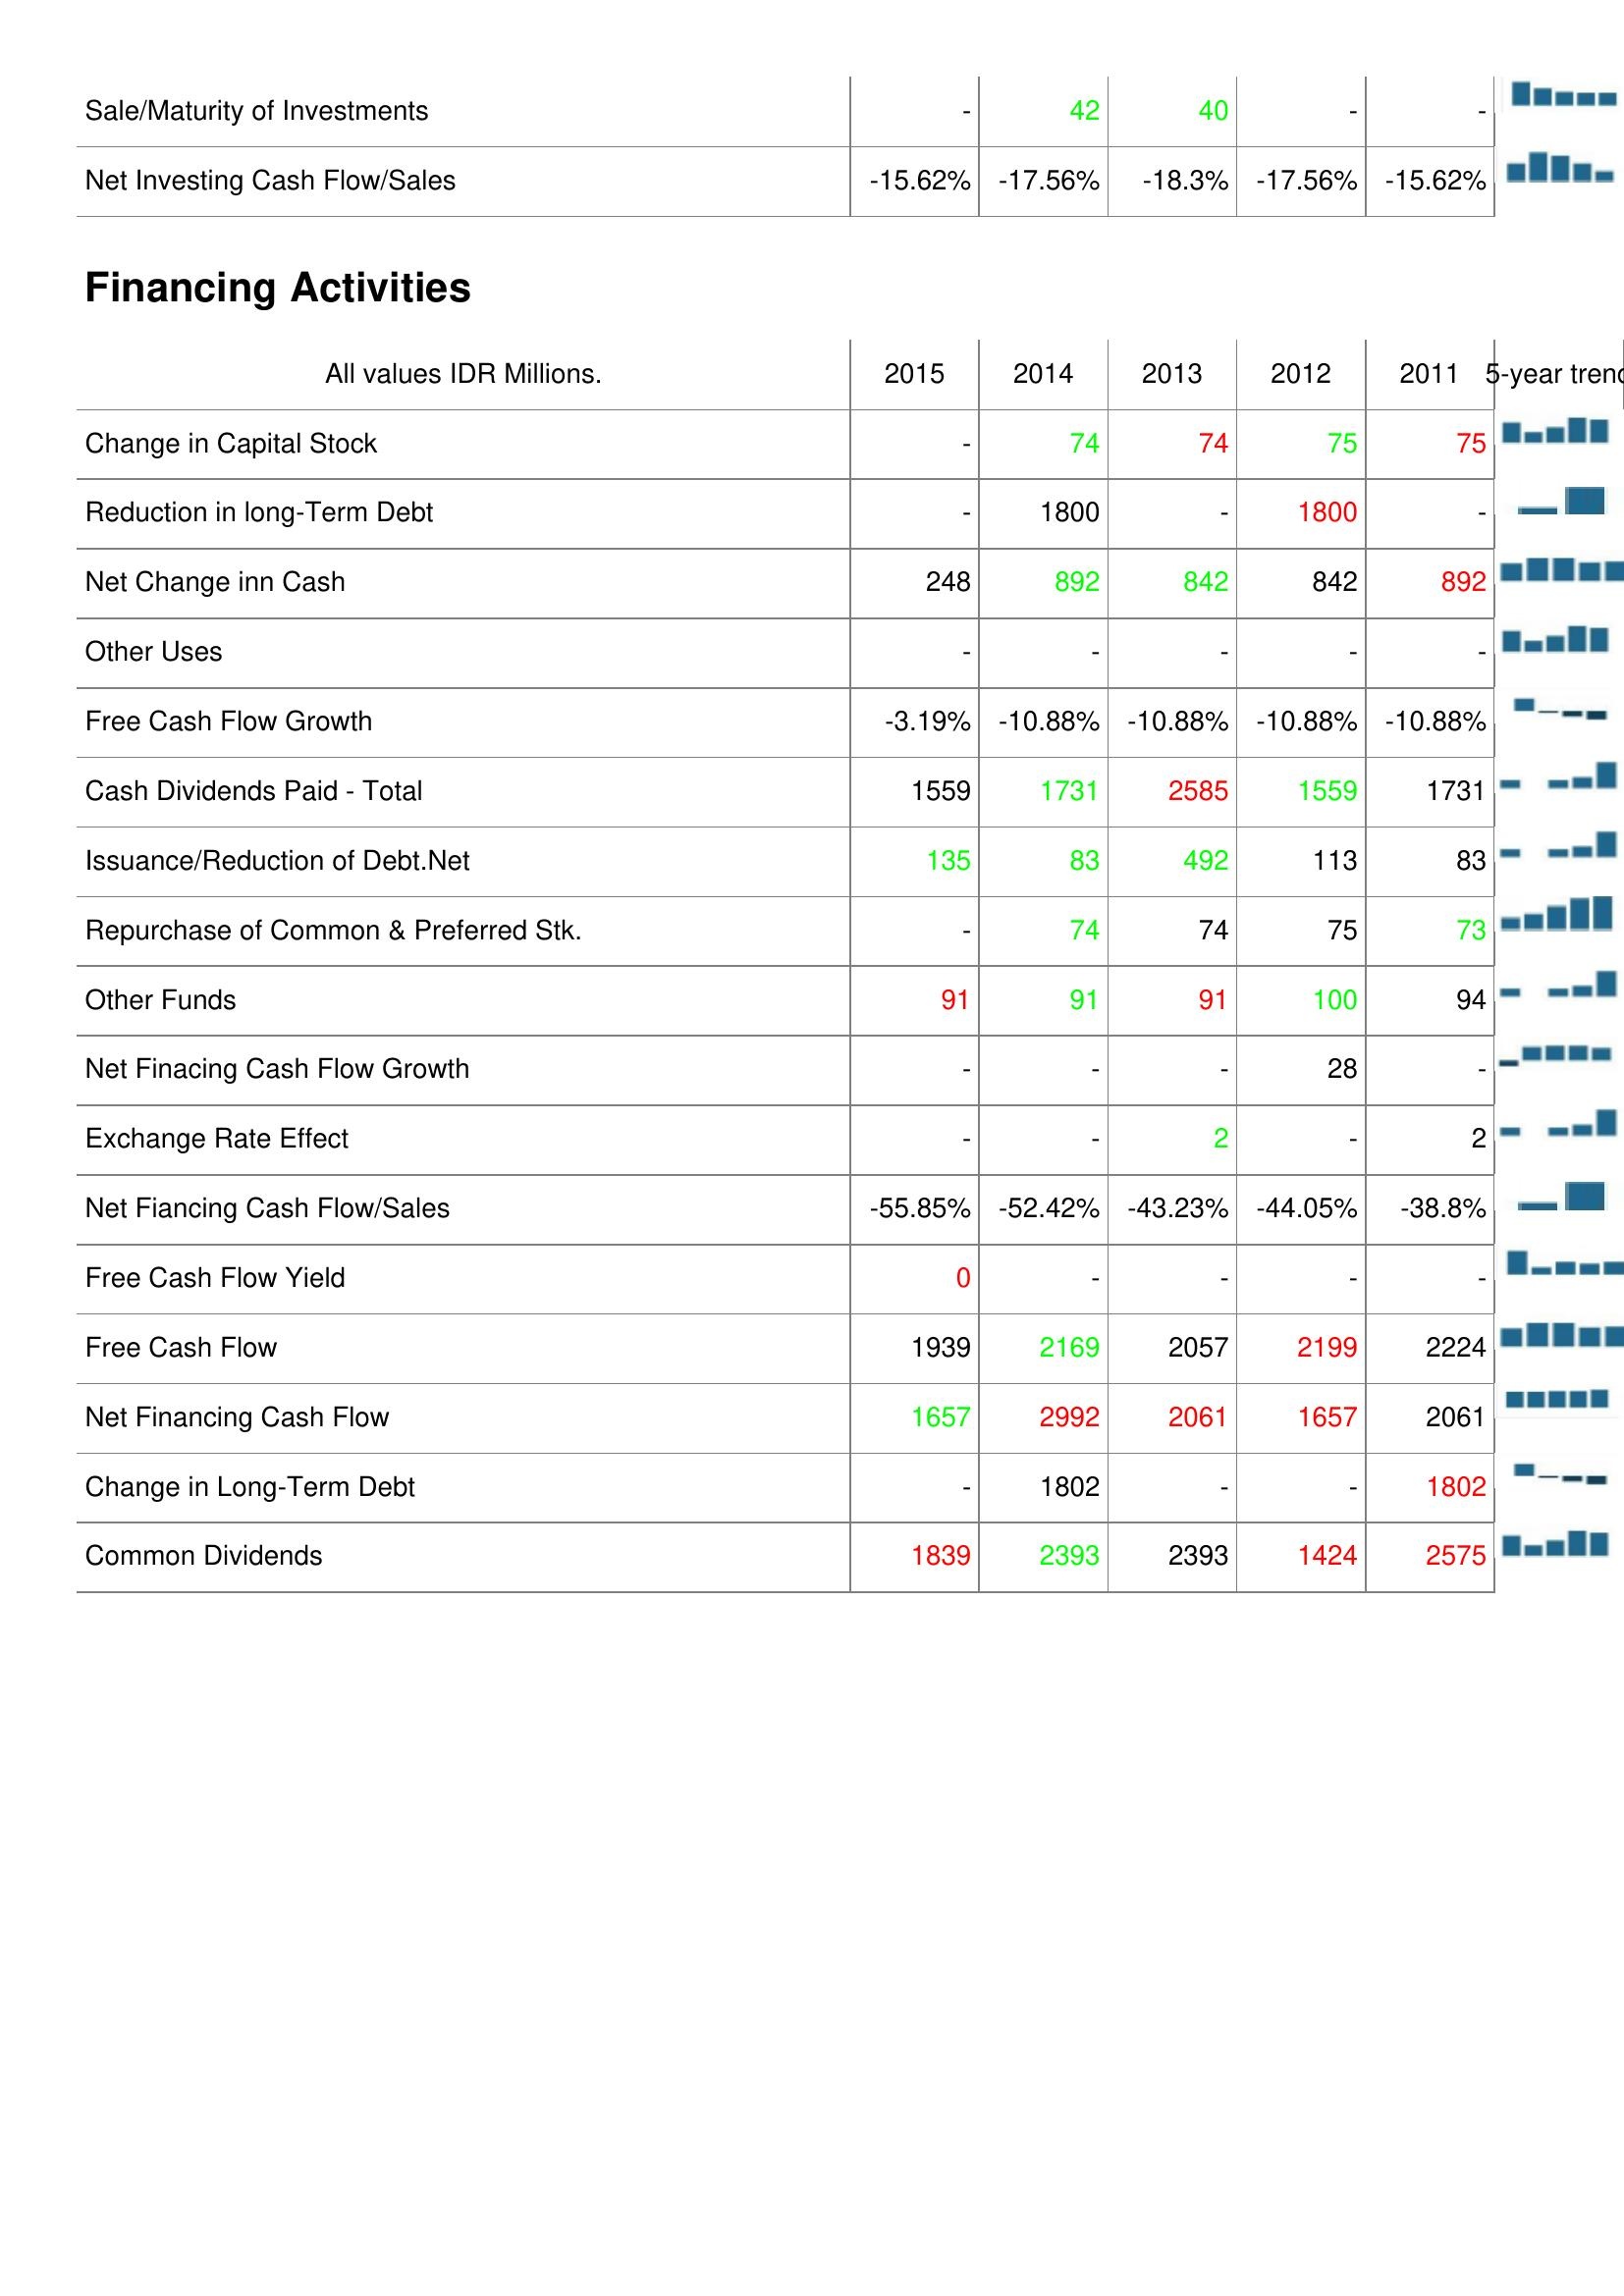
2015: Investing Activities: Sale/Maturity of Investments: -
Net Investing Cash Flow/Sales: -15.62%
Financing Activities: Change in Capital Stock: -
Reduction in long-Term Debt: -
Net Change inn Cash: 248
Other Uses: -
Free Cash Flow Growth: -3.19%
Cash Dividends Paid - Total: 1559
Issuance/Reduction of Debt.Net: 135
Repurchase of Common & Preferred Stk.: -
Other Funds: 91
Net Finacing Cash Flow Growth: -
Exchange Rate Effect: -
Net Fiancing Cash Flow/Sales: -55.85%
Free Cash Flow Yield: 0
Free Cash Flow: 1939
Net Financing Cash Flow: 1657
Change in Long-Term Debt: -
Common Dividends: 1839
2014: Investing Activities: Sale/Maturity of Investments: 42
Net Investing Cash Flow/Sales: -17.56%
Financing Activities: Change in Capital Stock: 74
Reduction in long-Term Debt: 1800
Net Change inn Cash: 892
Other Uses: -
Free Cash Flow Growth: -10.88%
Cash Dividends Paid - Total: 1731
Issuance/Reduction of Debt.Net: 83
Repurchase of Common & Preferred Stk.: 74
Other Funds: 91
Net Finacing Cash Flow Growth: -
Exchange Rate Effect: -
Net Fiancing Cash Flow/Sales: -52.42%
Free Cash Flow Yield: -
Free Cash Flow: 2169
Net Financing Cash Flow: 2992
Change in Long-Term Debt: 1802
Common Dividends: 2393
2013: Investing Activities: Sale/Maturity of Investments: 40
Net Investing Cash Flow/Sales: -18.3%
Financing Activities: Change in Capital Stock: 74
Reduction in long-Term Debt: -
Net Change inn Cash: 842
Other Uses: -
Free Cash Flow Growth: -10.88%
Cash Dividends Paid - Total: 2585
Issuance/Reduction of Debt.Net: 492
Repurchase of Common & Preferred Stk.: 74
Other Funds: 91
Net Finacing Cash Flow Growth: -
Exchange Rate Effect: 2
Net Fiancing Cash Flow/Sales: -43.23%
Free Cash Flow Yield: -
Free Cash Flow: 2057
Net Financing Cash Flow: 2061
Change in Long-Term Debt: -
Common Dividends: 2393
2012: Investing Activities: Sale/Maturity of Investments: -
Net Investing Cash Flow/Sales: -17.56%
Financing Activities: Change in Capital Stock: 75
Reduction in long-Term Debt: 1800
Net Change inn Cash: 842
Other Uses: -
Free Cash Flow Growth: -10.88%
Cash Dividends Paid - Total: 1559
Issuance/Reduction of Debt.Net: 113
Repurchase of Common & Preferred Stk.: 75
Other Funds: 100
Net Finacing Cash Flow Growth: 28
Exchange Rate Effect: -
Net Fiancing Cash Flow/Sales: -44.05%
Free Cash Flow Yield: -
Free Cash Flow: 2199
Net Financing Cash Flow: 1657
Change in Long-Term Debt: -
Common Dividends: 1424
2011: Investing Activities: Sale/Maturity of Investments: -
Net Investing Cash Flow/Sales: -15.62%
Financing Activities: Change in Capital Stock: 75
Reduction in long-Term Debt: -
Net Change inn Cash: 892
Other Uses: -
Free Cash Flow Growth: -10.88%
Cash Dividends Paid - Total: 1731
Issuance/Reduction of Debt.Net: 83
Repurchase of Common & Preferred Stk.: 73
Other Funds: 94
Net Finacing Cash Flow Growth: -
Exchange Rate Effect: 2
Net Fiancing Cash Flow/Sales: -38.8%
Free Cash Flow Yield: -
Free Cash Flow: 2224
Net Financing Cash Flow: 2061
Change in Long-Term Debt: 1802
Common Dividends: 2575